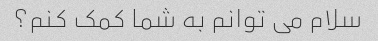
سلام می توانم به شما کمک کنم؟